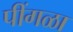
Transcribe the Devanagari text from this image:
पींगळा